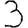
Digit: 3